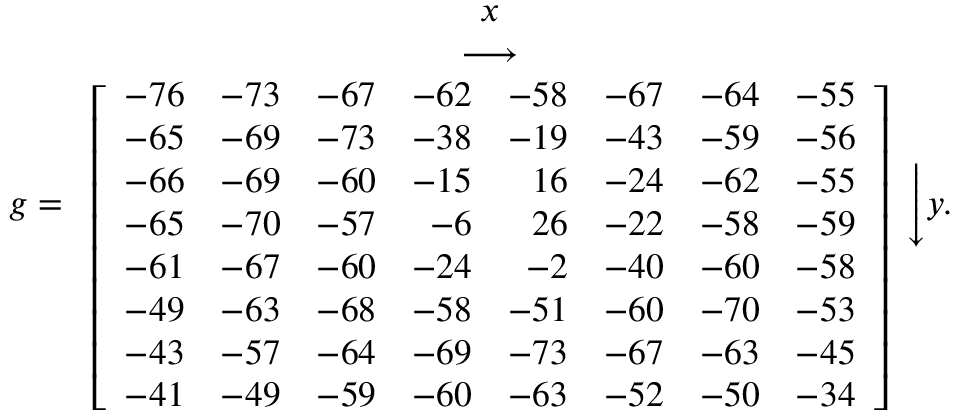
g = { \begin{array} { c } { x } \\ { \longrightarrow } \\ { \left[ { \begin{array} { r r r r r r r r } { - 7 6 } & { - 7 3 } & { - 6 7 } & { - 6 2 } & { - 5 8 } & { - 6 7 } & { - 6 4 } & { - 5 5 } \\ { - 6 5 } & { - 6 9 } & { - 7 3 } & { - 3 8 } & { - 1 9 } & { - 4 3 } & { - 5 9 } & { - 5 6 } \\ { - 6 6 } & { - 6 9 } & { - 6 0 } & { - 1 5 } & { 1 6 } & { - 2 4 } & { - 6 2 } & { - 5 5 } \\ { - 6 5 } & { - 7 0 } & { - 5 7 } & { - 6 } & { 2 6 } & { - 2 2 } & { - 5 8 } & { - 5 9 } \\ { - 6 1 } & { - 6 7 } & { - 6 0 } & { - 2 4 } & { - 2 } & { - 4 0 } & { - 6 0 } & { - 5 8 } \\ { - 4 9 } & { - 6 3 } & { - 6 8 } & { - 5 8 } & { - 5 1 } & { - 6 0 } & { - 7 0 } & { - 5 3 } \\ { - 4 3 } & { - 5 7 } & { - 6 4 } & { - 6 9 } & { - 7 3 } & { - 6 7 } & { - 6 3 } & { - 4 5 } \\ { - 4 1 } & { - 4 9 } & { - 5 9 } & { - 6 0 } & { - 6 3 } & { - 5 2 } & { - 5 0 } & { - 3 4 } \end{array} } \right] } \end{array} } { \Bigg \downarrow } y .